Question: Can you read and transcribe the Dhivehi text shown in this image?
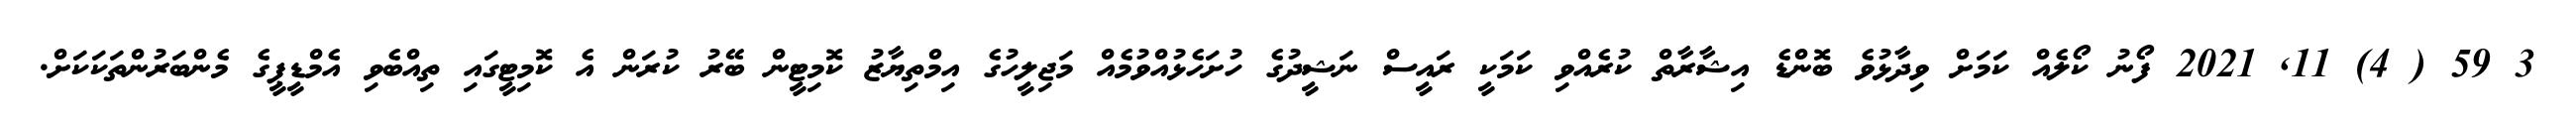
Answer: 3 59 ( 4) 11, 2021 ފޯނު ކޯލެއް ކަމަށް ވިދާޅުވެ ބޮންޑެ އިޝާރާތް ކުރެއްވި ކަމަކީ ރައީސް ނަޝީދުގެ ހުށަހެޅުއްވުމެއް މަޖިލީހުގެ އިމްތިޔާޒު ކޮމިޓީން ބޭރު ކުރަން އެ ކޮމިޓީގައި ތިއްބެވި އެމްޑީޕީގެ މެންބަރުންތަކަކަށް.